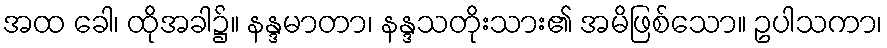
အထ ခေါ၊ ထိုအခါ၌။ နန္ဒမာတာ၊ နန္ဒသတိုးသား၏ အမိဖြစ်သော။ ဥပါသကာ၊